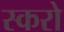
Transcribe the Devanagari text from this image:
स्करो